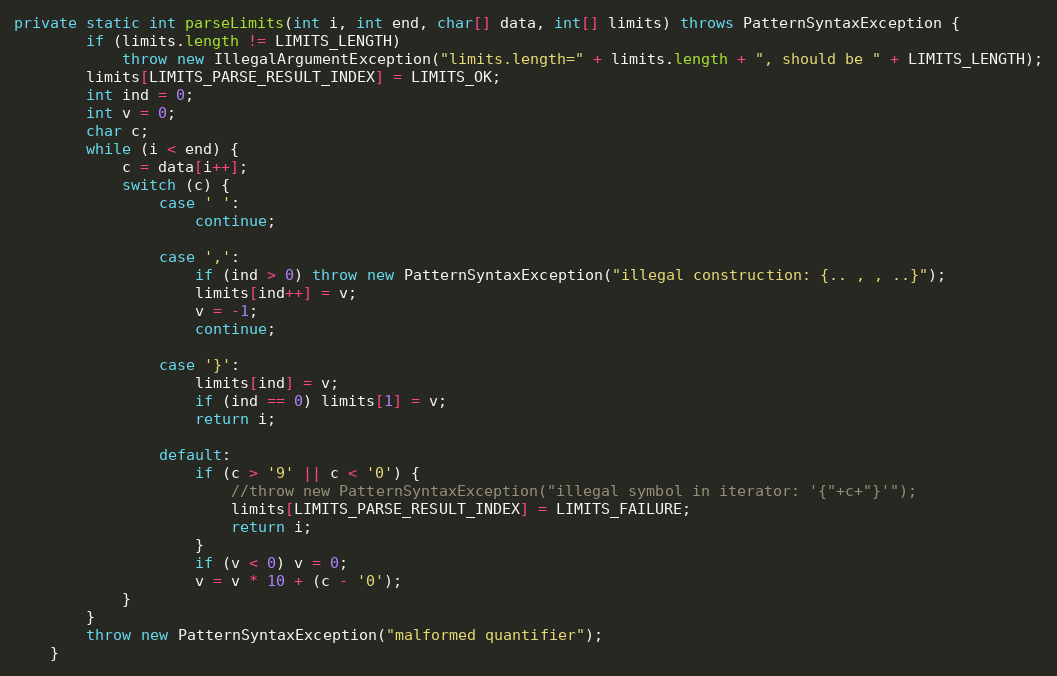
Language: Java
private static int parseLimits(int i, int end, char[] data, int[] limits) throws PatternSyntaxException {
        if (limits.length != LIMITS_LENGTH)
            throw new IllegalArgumentException("limits.length=" + limits.length + ", should be " + LIMITS_LENGTH);
        limits[LIMITS_PARSE_RESULT_INDEX] = LIMITS_OK;
        int ind = 0;
        int v = 0;
        char c;
        while (i < end) {
            c = data[i++];
            switch (c) {
                case ' ':
                    continue;

                case ',':
                    if (ind > 0) throw new PatternSyntaxException("illegal construction: {.. , , ..}");
                    limits[ind++] = v;
                    v = -1;
                    continue;

                case '}':
                    limits[ind] = v;
                    if (ind == 0) limits[1] = v;
                    return i;

                default:
                    if (c > '9' || c < '0') {
                        //throw new PatternSyntaxException("illegal symbol in iterator: '{"+c+"}'");
                        limits[LIMITS_PARSE_RESULT_INDEX] = LIMITS_FAILURE;
                        return i;
                    }
                    if (v < 0) v = 0;
                    v = v * 10 + (c - '0');
            }
        }
        throw new PatternSyntaxException("malformed quantifier");
    }